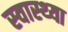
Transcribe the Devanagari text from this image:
स्‍वास्‍थ्‍या